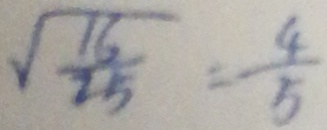
\sqrt { \frac { 1 6 } { 2 5 } } = \frac { 4 } { 5 }